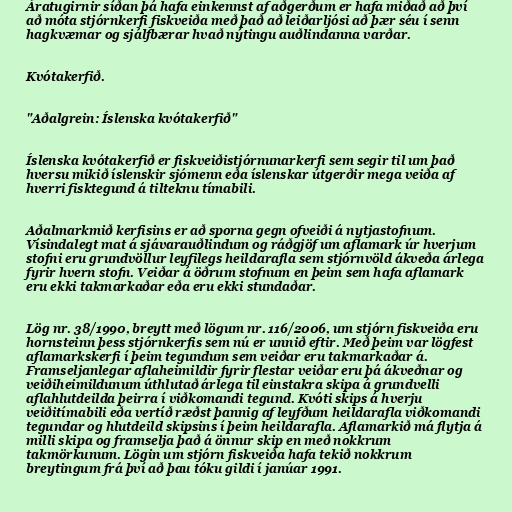
Áratugirnir síðan þá hafa einkennst af aðgerðum er hafa miðað að því
að móta stjórnkerfi fiskveiða með það að leiðarljósi að þær séu í senn
hagkvæmar og sjálfbærar hvað nýtingu auðlindanna varðar.

Kvótakerfið.

"Aðalgrein: Íslenska kvótakerfið"

Íslenska kvótakerfið er fiskveiðistjórnunarkerfi sem segir til um það
hversu mikið íslenskir sjómenn eða íslenskar útgerðir mega veiða af
hverri fisktegund á tilteknu tímabili.

Aðalmarkmið kerfisins er að sporna gegn ofveiði á nytjastofnum.
Vísindalegt mat á sjávarauðlindum og ráðgjöf um aflamark úr hverjum
stofni eru grundvöllur leyfilegs heildarafla sem stjórnvöld ákveða árlega
fyrir hvern stofn. Veiðar á öðrum stofnum en þeim sem hafa aflamark
eru ekki takmarkaðar eða eru ekki stundaðar.

Lög nr. 38/1990, breytt með lögum nr. 116/2006, um stjórn fiskveiða eru
hornsteinn þess stjórnkerfis sem nú er unnið eftir. Með þeim var lögfest
aflamarkskerfi í þeim tegundum sem veiðar eru takmarkaðar á.
Framseljanlegar aflaheimildir fyrir flestar veiðar eru þá ákveðnar og
veiðiheimildunum úthlutað árlega til einstakra skipa á grundvelli
aflahlutdeilda þeirra í viðkomandi tegund. Kvóti skips á hverju
veiðitímabili eða vertíð ræðst þannig af leyfðum heildarafla viðkomandi
tegundar og hlutdeild skipsins í þeim heildarafla. Aflamarkið má flytja á
milli skipa og framselja það á önnur skip en með nokkrum
takmörkunum. Lögin um stjórn fiskveiða hafa tekið nokkrum
breytingum frá því að þau tóku gildi í janúar 1991.